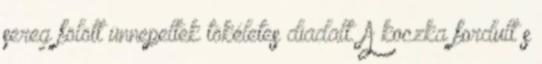
sereg fölött ünnepeltek tökéletes diadalt. A koczka fordult s